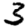
Digit: 3